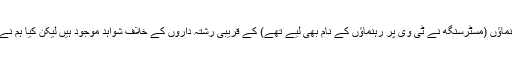
ہمارے پاس بھی بی جے پی کے سینئر رہنماؤں (مسٹرسنگھ نے ٹی وی پر رہنماؤں کے نام بھی لیے تھے) کے قریبی رشتہ داروں کے خلاف شواہد موجود ہیں لیکن کیا ہم نے کبھی ان کے خلاف ایک لفظ بھی کہا ہے۔